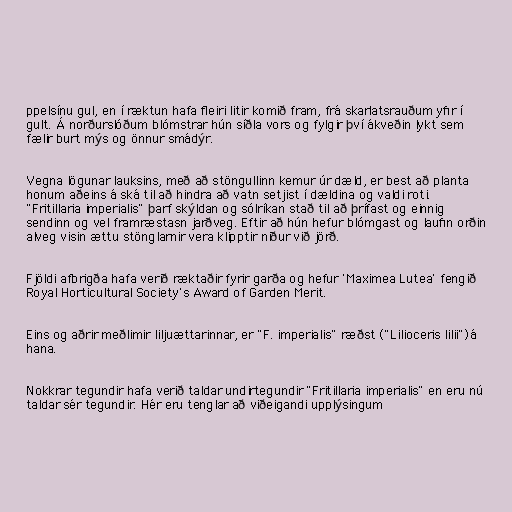
ppelsínu gul, en í ræktun hafa fleiri litir komið fram, frá skarlatsrauðum yfir í
gult. Á norðurslóðum blómstrar hún síðla vors og fylgir því ákveðin lykt sem
fælir burt mýs og önnur smádýr.

Vegna lögunar lauksins, með að stöngullinn kemur úr dæld, er best að planta
honum aðeins á ská til að hindra að vatn setjist í dældina og valdi roti.
"Fritillaria imperialis" þarf skýldan og sólríkan stað til að þrífast og einnig
sendinn og vel framræstasn jarðveg. Eftir að hún hefur blómgast og laufin orðin
alveg visin ættu stönglarnir vera klipptir niður við jörð.

Fjöldi afbrigða hafa verið ræktaðir fyrir garða og hefur 'Maximea Lutea' fengið
Royal Horticultural Society's Award of Garden Merit.

Eins og aðrir meðlimir liljuættarinnar, er "F. imperialis" ræðst ("Lilioceris lilii")á
hana.

Nokkrar tegundir hafa verið taldar undirtegundir "Fritillaria imperialis" en eru nú
taldar sér tegundir. Hér eru tenglar að viðeigandi upplýsingum